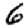
Digit: 6